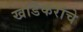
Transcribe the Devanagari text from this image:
खांडेकरांचे